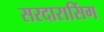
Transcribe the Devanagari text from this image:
सरदारासिंग